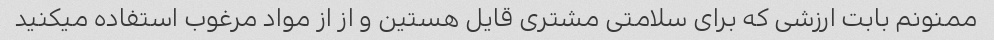
ممنونم بابت ارزشی که برای سلامتی مشتری قایل هستین و از از مواد مرغوب استفاده میکنید